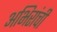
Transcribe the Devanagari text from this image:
अभिरांची